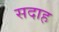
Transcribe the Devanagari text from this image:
सदाह